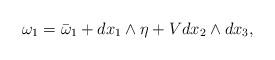
LaTeX: \begin{align*}\omega_1=\bar{\omega}_1+dx_1\wedge\eta + Vdx_2\wedge dx_3,\end{align*}